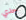
جدي